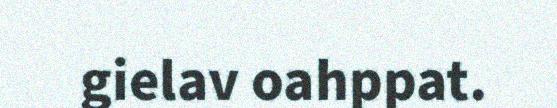
gielav oahppat.